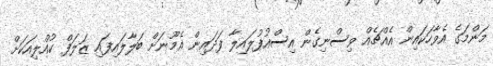
މަންމަގެ އެވާހަކައިން އެއްޗެއް ވިސްނިގެން އިސްއުފުލައިލާ ފަދައިން އެމޫނަށް ބަލާލައިފައި ޒަލަފް ކުއްލިއަކަށް